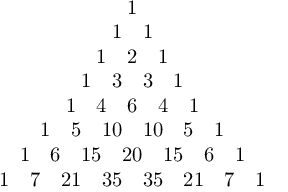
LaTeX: \begin{array} { c } { 1 } \\ { 1 \quad 1 } \\ { 1 \quad 2 \quad 1 } \\ { 1 \quad 3 \quad 3 \quad 1 } \\ { 1 \quad 4 \quad 6 \quad 4 \quad 1 } \\ { 1 \quad 5 \quad 1 0 \quad 1 0 \quad 5 \quad 1 } \\ { 1 \quad 6 \quad 1 5 \quad 2 0 \quad 1 5 \quad 6 \quad 1 } \\ { 1 \quad 7 \quad 2 1 \quad 3 5 \quad 3 5 \quad 2 1 \quad 7 \quad 1 } \end{array}